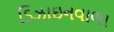
ડિઝાઇનવાળા